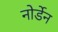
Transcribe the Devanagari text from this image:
नोर्डेन